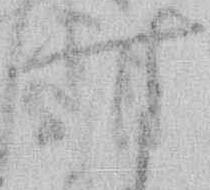
す